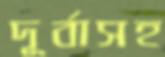
দূর্বাসহ